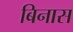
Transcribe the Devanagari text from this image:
बिनास